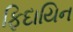
ફિદાયિન